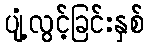
ပျံ့လွင့်ခြင်းနှစ်